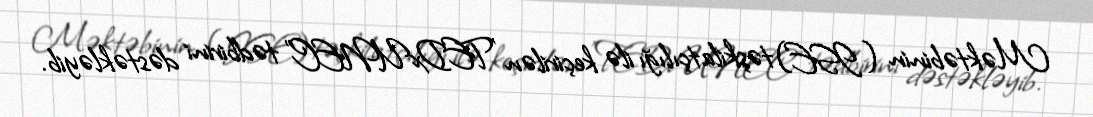
Məktəbinin (ISE) təşkilatçılığı ilə keçirilən "TEDxUNEC" tədbirini dəstəkləyib.